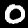
Digit: 0